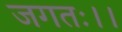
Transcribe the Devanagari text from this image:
जगतः।।